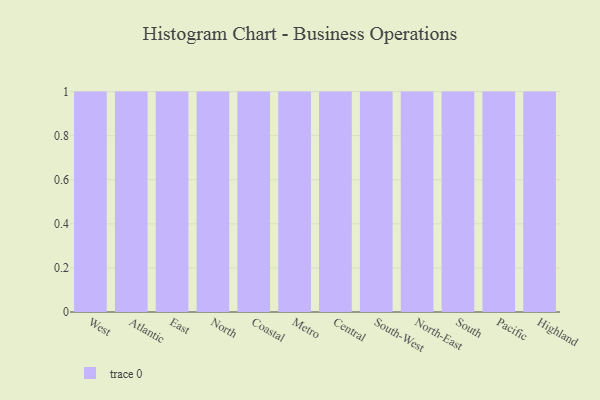
{"axis": {"x": "Region", "y": "Active Users"}, "legend": [""], "data": [{"x": "West", "y": 66, "type": ""}, {"x": "Atlantic", "y": 35, "type": ""}, {"x": "East", "y": 11, "type": ""}, {"x": "North", "y": 78, "type": ""}, {"x": "Coastal", "y": 83, "type": ""}, {"x": "Metro", "y": 99, "type": ""}, {"x": "Central", "y": 83, "type": ""}, {"x": "South-West", "y": 18, "type": ""}, {"x": "North-East", "y": 31, "type": ""}, {"x": "South", "y": 20, "type": ""}, {"x": "Pacific", "y": 88, "type": ""}, {"x": "Highland", "y": 86, "type": ""}]}